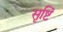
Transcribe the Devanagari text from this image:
सृष्टिं